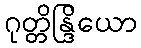
ဂုတ္တိန္ဒြိယော